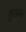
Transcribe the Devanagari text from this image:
फ़ुस्फ़स